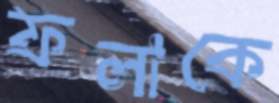
ফলাকে